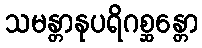
သမန္တာနုပရိဂစ္ဆန္တော